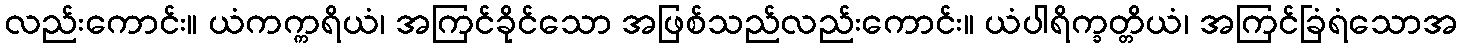
လည်းကောင်း။ ယံကက္ကရိယံ၊ အကြင်ခိုင်သော အဖြစ်သည်လည်းကောင်း။ ယံပါရိက္ခတ္တိယံ၊ အကြင်ခြံရံသောအ